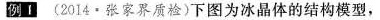
例(2014·张家界质检)下图为冰晶体的结构模型，